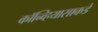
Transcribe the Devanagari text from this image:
कॉन्व्हियासाकडे